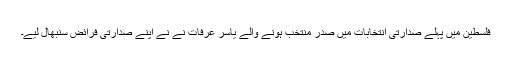
فلسطین میں پہلے صدارتی انتخابات میں صدر منتخب ہونے والے یاسر عرفات نے نے اپنے صدارتی فرائض سنبھال لیے۔